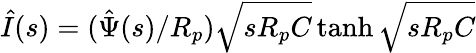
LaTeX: \hat{I}(s)=(\hat{\Psi}(s)/R_{p})\sqrt{sR_{p}C}\operatorname{tanh}\sqrt{sR_{p}C}